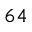
6 4